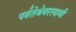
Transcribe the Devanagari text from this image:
पर्वतेश्रेवरस्वामी